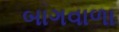
બાગવાળા